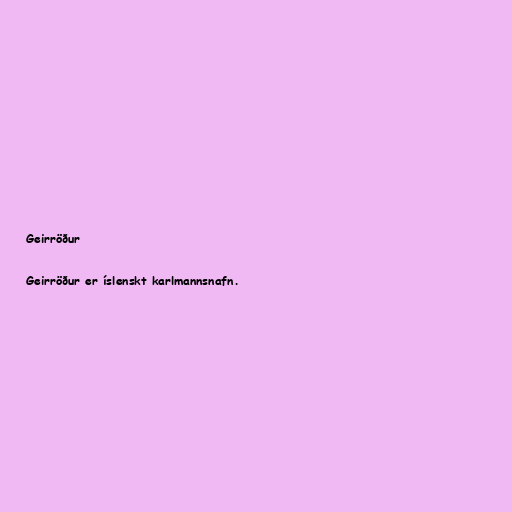
Geirröður

Geirröður er íslenskt karlmannsnafn.